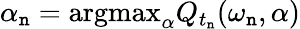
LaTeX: \alpha_{\mathtt{n}}=\textrm{{argmax}}_{\alpha}Q_{t_{\mathtt{n}}}(\omega_{\mathtt{n}},\alpha)